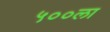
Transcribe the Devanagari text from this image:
५००ला